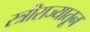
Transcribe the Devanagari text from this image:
स्त्रीराज्यातून